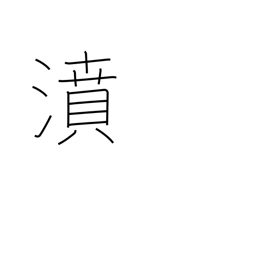
Meaning: gush forth